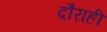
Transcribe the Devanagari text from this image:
दौराही